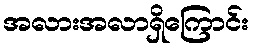
အလားအလာရှိကြောင်း